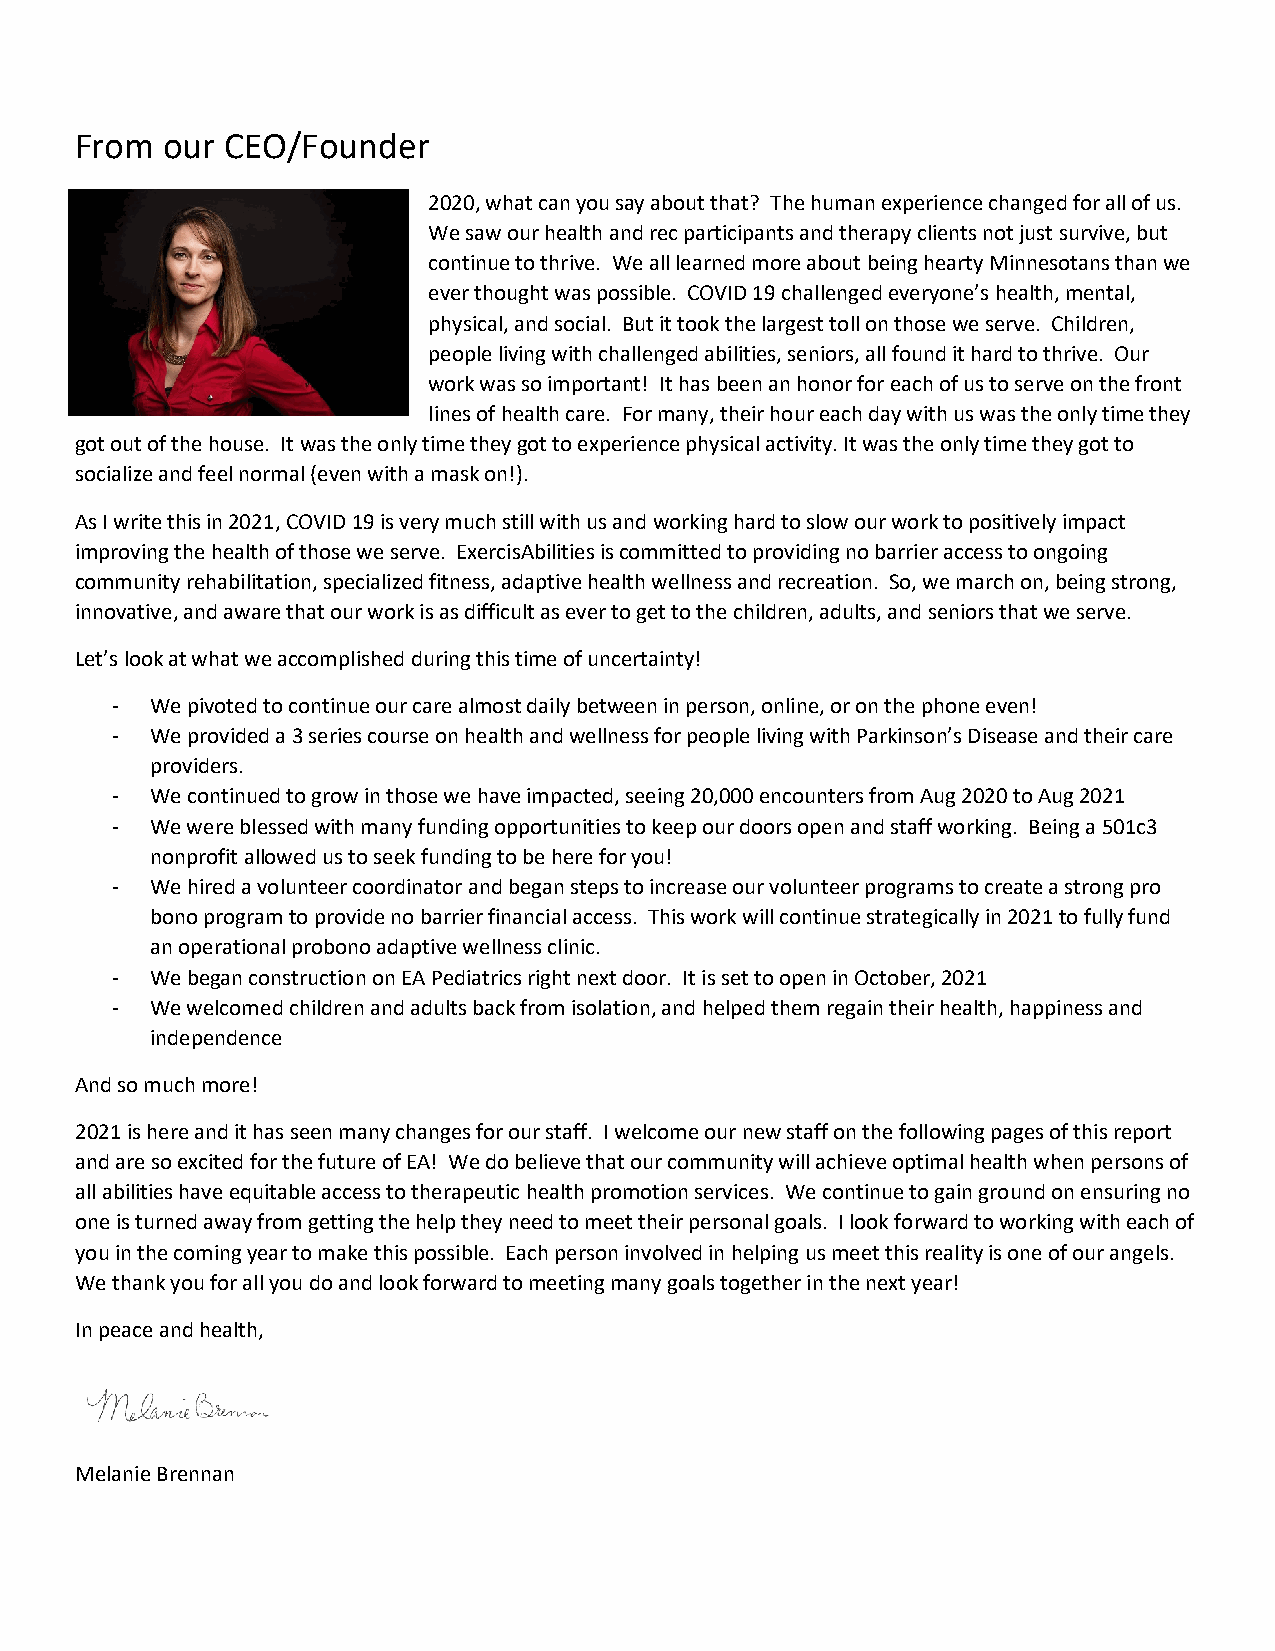
From  our CEO/Founder
 2020, what can you say about that? The human experience changed for all of us.
 We saw our health and rec participants and therapy clients not just survive, but
 continue to thrive. We all learned more about being hearty Minnesotans than we
 ever thought was possible. COVID 19 challenged everyone’s health, mental,
 physical, and social. But it took the largest toll on those we serve. Children,
 people living with challenged abilities, seniors, all found it hard to thrive. Our
 work was so important! It has been an honor for each of us to serve on the front
 lines of health care. For many, their hour each day with us was the only time they
 got out of the house. It was the only time they got to experience physical activity. It was the only time they got to
 socialize and feel normal (even with a mask on!).
 As I write this in 2021, COVID 19 is very much still with us and working hard to slow our work to positively impact
 improving the health of those we serve. ExercisAbilities is committed to providing no barrier access to ongoing
 community rehabilitation, specialized fitness, adaptive health wellness and recreation. So, we march on, being strong,
 innovative, and aware that our work is as difficult as ever to get to the children, adults, and seniors that we serve.
 Let’s look at what we accomplished during this time of uncertainty!
 -  We pivoted to continue our care almost daily between in person, online, or on the phone even!
 -  We provided a 3 series course on health and wellness for people living with Parkinson’s Disease and their care
 providers.
 -  We continued to grow in those we have impacted, seeing 20,000 encounters from Aug 2020 to Aug 2021
 -  We were blessed with many funding opportunities to keep our doors open and staff working. Being a 501c3
 nonprofit allowed us to seek funding to be here for you!
 -  We hired a volunteer coordinator and began steps to increase our volunteer programs to create a strong pro
 bono program to provide no barrier financial access. This work will continue strategically in 2021 to fully fund
 an operational probono adaptive wellness clinic.
 -  We began construction on EA Pediatrics right next door. It is set to open in October, 2021
 -  We welcomed children and adults back from isolation, and helped them regain their health, happiness and
 independence
 And so much more!
 2021 is here and it has seen many changes for our staff. I welcome our new staff on the following pages of this report
 and are so excited for the future of EA! We do believe that our community will achieve optimal health when persons of
 all abilities have equitable access to therapeutic health promotion services. We continue to gain ground on ensuring no
 one is turned away from getting the help they need to meet their personal goals. I look forward to working with each of
 you in the coming year to make this possible. Each person involved in helping us meet this reality is one of our angels.
 We thank you for all you do and look forward to meeting many goals together in the next year!
 In peace and health,
 Melanie Brennan